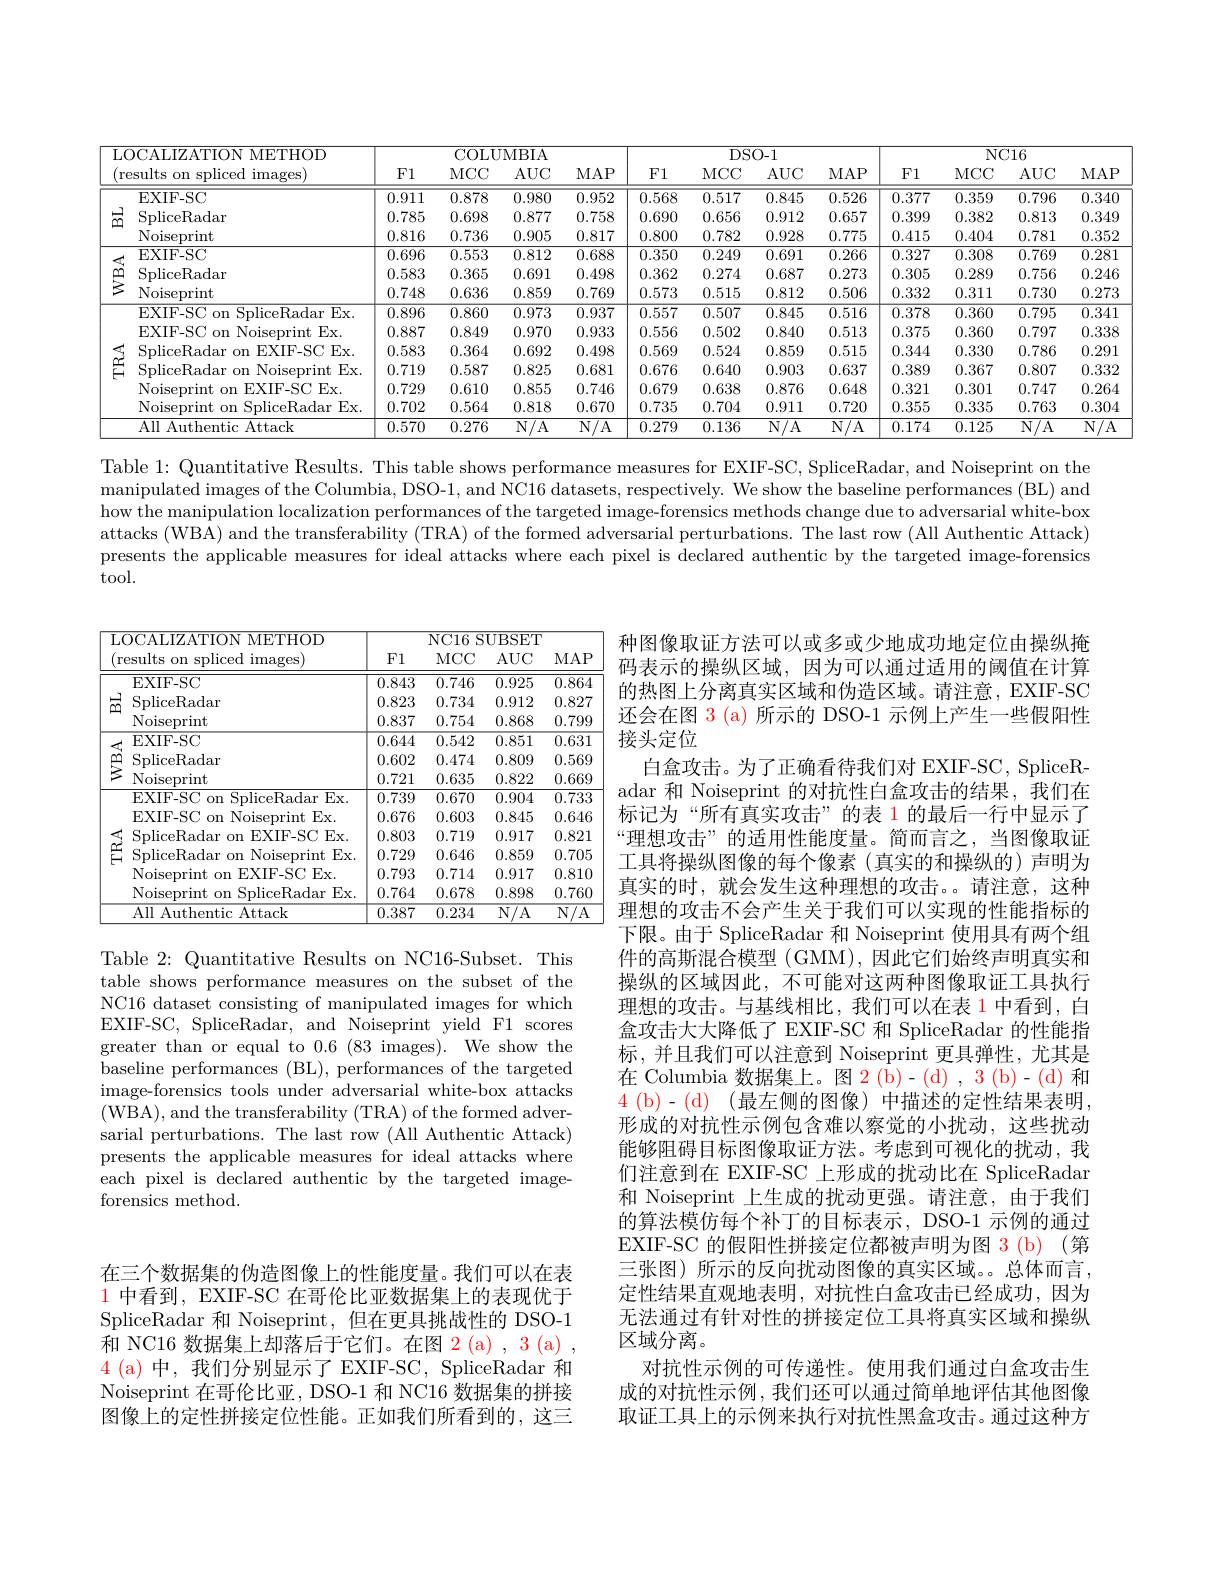
<table>
	<tbody>
		<tr>
			<th>$\overline{{\mathrm{L}^{\prime}}}$ $\int_{0}^{\infty}dx$ 1 </th>
			<th>OCALIZATION MBTHOD</th>
			<th colspan="4">COLUMBIA</th>
			<th colspan="3">DSO- 1</th>
			<th colspan="4">$NC16$</th>
		</tr>
		<tr>
			<th>$f$ $re$</th>
			<th>sults on spliced images)</th>
			<th>F1</th>
			<th>MCC</th>
			<th>$AUC$</th>
			<th>$MAP$</th>
			<th>F1</th>
			<th>$AUC$</th>
			<th>MAP</th>
			<th>F1</th>
			<th>MCC</th>
			<th>$AUC$</th>
			<th>$MAP$</th>
		</tr>
		<tr>
			<td rowspan="3">$品$</td>
			<td>EXIF- SC</td>
			<td>0.911</td>
			<td>0.878</td>
			<td>0.980</td>
			<td>0.952</td>
			<td>0.568</td>
			<td>0.845</td>
			<td>0.526</td>
			<td>0.377</td>
			<td>0.359</td>
			<td>0.796</td>
			<td>0.340</td>
		</tr>
		<tr>
			<td>SpliceRadar</td>
			<td>0.785</td>
			<td>0.698</td>
			<td>0.877</td>
			<td>0.758</td>
			<td>0.690</td>
			<td>0.912</td>
			<td>0.657</td>
			<td>0.399</td>
			<td>0.382</td>
			<td>0.813</td>
			<td>0.349</td>
		</tr>
		<tr>
			<td>Noiseprint</td>
			<td>0.816</td>
			<td>0.736</td>
			<td>0.905</td>
			<td>0.817</td>
			<td>0.800</td>
			<td>0.928</td>
			<td>0.775</td>
			<td>0.415</td>
			<td>0.404</td>
			<td>0.781</td>
			<td>0.352</td>
		</tr>
		<tr>
			<td rowspan="3"></td>
			<td>EXIF- SC</td>
			<td>0.696</td>
			<td>0.553</td>
			<td>0.812</td>
			<td>0.688</td>
			<td>0.350</td>
			<td>0.691</td>
			<td>0.266</td>
			<td>0.327</td>
			<td>0.308</td>
			<td>0.769</td>
			<td>0.281</td>
		</tr>
		<tr>
			<td>SpliceRadar</td>
			<td>0.583</td>
			<td>0.365</td>
			<td>0.691</td>
			<td>0.498</td>
			<td>0.362</td>
			<td>0.687</td>
			<td>0.273</td>
			<td>0.305</td>
			<td>0.289</td>
			<td>0.756</td>
			<td>0.246</td>
		</tr>
		<tr>
			<td>Noiseprint</td>
			<td>0.748</td>
			<td>0.636</td>
			<td>0.859</td>
			<td>0.769</td>
			<td>0.573</td>
			<td>0.812</td>
			<td>0.506</td>
			<td>0.332</td>
			<td>0.311</td>
			<td>0.730</td>
			<td>0.273</td>
		</tr>
		<tr>
			<td rowspan="7"></td>
			<td>EXIF-SC on SpliceRadar Ex</td>
			<td>0.896</td>
			<td>0.860</td>
			<td>0.973</td>
			<td>0.937</td>
			<td>0.557</td>
			<td>0.845</td>
			<td>0.516</td>
			<td>0.378</td>
			<td>0.360</td>
			<td>0.795</td>
			<td>0.341</td>
		</tr>
		<tr>
			<td>EXIF-SC on Noiseprint Ex.</td>
			<td>0.887</td>
			<td>0.849</td>
			<td>0.970</td>
			<td>0.933</td>
			<td>0.556</td>
			<td>0.840</td>
			<td>0.513</td>
			<td>0.375</td>
			<td>0.360</td>
			<td>0.797</td>
			<td>0.338</td>
		</tr>
		<tr>
			<td>SpliceRadar on EXIF-SC Ex.</td>
			<td>0.583</td>
			<td>0.364</td>
			<td>0.692</td>
			<td>0.498</td>
			<td>0.569</td>
			<td>0.859</td>
			<td>0.515</td>
			<td>0.344</td>
			<td>0.330</td>
			<td>0.786</td>
			<td>0.291</td>
		</tr>
		<tr>
			<td>SpliceRadar on Noiseprint $tEx.$</td>
			<td>0.719</td>
			<td>0.587</td>
			<td>0.825</td>
			<td>0.681</td>
			<td>0.676</td>
			<td>0.903</td>
			<td>0.637</td>
			<td>0.389</td>
			<td>0.367</td>
			<td>0.807</td>
			<td>0.332</td>
		</tr>
		<tr>
			<td>Noiseprint on EXIF-SC Ex</td>
			<td>0.729</td>
			<td>0.610</td>
			<td>0.855</td>
			<td>0.746</td>
			<td>0.679</td>
			<td>0.876</td>
			<td>0.648</td>
			<td>0.321</td>
			<td>0.301</td>
			<td>0.747</td>
			<td>0.264</td>
		</tr>
		<tr>
			<td>Noiseprint on SpliceRadar Ex.</td>
			<td>0.702</td>
			<td>0.564</td>
			<td>0.818</td>
			<td>0.670</td>
			<td>0.735</td>
			<td>0.911</td>
			<td>0.720</td>
			<td>0.355</td>
			<td>0.335</td>
			<td>0.763</td>
			<td>0.304</td>
		</tr>
		<tr>
			<td>All Authentic Attack</td>
			<td>0.570</td>
			<td>0.276</td>
			<td>$N/A$</td>
			<td>$\overline{\mathrm{N/A}}$</td>
			<td>0.279</td>
			<td>$N/A$</td>
			<td>$\overline{\mathrm{N/A}}$</td>
			<td>0.174</td>
			<td>0.125</td>
			<td>N/ A</td>
			<td>N $/A$</td>
		</tr>
	</tbody>
</table>

Table 1: Quantitative Results. This table shows performance measures for EXIF-SC, SpliceRadar, and Noiseprint on the $\begin{aligned}\text{manipulated images of the Columbia, DSO-1, and NC16 datasets, respectively. We show the baseline performances (BL) and}\end{aligned}$ how the manipulation localization performances of the targeted image-forensics methods change due to adversarial white-box attacks (WBA) and the transferability (TRA) of the formed adversarial perturbations. The last row (All Authentic Attack) presents the applicable measures for ideal attacks where each pixel is declared authentic by the targeted image-forensics tool.

<table>
	<tbody>
		<tr>
			<th>$\overline{{\mathrm{T}}}$ J</th>
			<th rowspan="2">OCALIZATION METHOD esults on spliced images)</th>
			<th colspan="4">NC16 $\frac{1}{2}$ SUBSET</th>
		</tr>
		<tr>
			<th>1 r</th>
			<th>F1</th>
			<th>$MCC$</th>
			<th>$AUC$</th>
			<th>$MAP$</th>
		</tr>
		<tr>
			<td rowspan="3">品</td>
			<td>EXIF-SC</td>
			<td>0.843</td>
			<td>0.746</td>
			<td>0.925</td>
			<td>0.864</td>
		</tr>
		<tr>
			<td>SpliceRadar</td>
			<td>0.823</td>
			<td>0.734</td>
			<td>0.912</td>
			<td>0.827</td>
		</tr>
		<tr>
			<td>Noiseprint</td>
			<td>0.837</td>
			<td>0.754</td>
			<td>0.868</td>
			<td>0.799</td>
		</tr>
		<tr>
			<td rowspan="3"></td>
			<td>EXIF- SC</td>
			<td>0.644</td>
			<td>0.542</td>
			<td>0.851</td>
			<td>0.631</td>
		</tr>
		<tr>
			<td>SpliceRadar</td>
			<td>0.602</td>
			<td>0.474</td>
			<td>0.809</td>
			<td>0.569</td>
		</tr>
		<tr>
			<td>Noiseprint</td>
			<td>0.721</td>
			<td>0.635</td>
			<td>0.822</td>
			<td>0.669</td>
		</tr>
		<tr>
			<td rowspan="7"></td>
			<td>EXIF-SC on SpliceRadar Ex.</td>
			<td>0.739</td>
			<td>0.670</td>
			<td>0.904</td>
			<td>0.733</td>
		</tr>
		<tr>
			<td>EXIF-SC on Noiseprint $:Ex.$</td>
			<td>0.676</td>
			<td>0.603</td>
			<td>0.845</td>
			<td>0.646</td>
		</tr>
		<tr>
			<td>SpliceRadar on EXIF-SC Ex.</td>
			<td>0.803</td>
			<td>0.719</td>
			<td>0.917</td>
			<td>0.821</td>
		</tr>
		<tr>
			<td>$tEx.$ SpliceRadar on Noiseprint</td>
			<td>0.729</td>
			<td>0.646</td>
			<td>0.859</td>
			<td>0.705</td>
		</tr>
		<tr>
			<td>Noiseprint on EXIF-SC Ex.</td>
			<td>0.793</td>
			<td>0.714</td>
			<td>0.917</td>
			<td>0.810</td>
		</tr>
		<tr>
			<td>Noiseprint on SpliceRadar Ex.</td>
			<td>0.764</td>
			<td>0.678</td>
			<td>0.898</td>
			<td>0.760</td>
		</tr>
		<tr>
			<td>All Authentic Attack</td>
			<td>0.387</td>
			<td>0.234</td>
			<td>$\overline{\mathrm{N/A}}$</td>
			<td>$N$ $\overline{/A}$ 1 1 </td>
		</tr>
	</tbody>
</table>

种图像取证方法可以或多或少地成功地定位由操纵掩码表示的操纵区域，因为可以通过适用的阈值在计算的热图上分离真实区域和伪造区域。请注意，EXIF-SC 还会在图 3 (a) 所示的 DSO-1 示例上产生一些假阳性接头定位
白盒攻击。为了正确看待我们对 EXIF-SC, SpliceRadar 和 Noiseprint 的对抗性白盒攻击的结果，我们在标记为“所有真实攻击”的表 1 的最后一行中显示了“理想攻击”的适用性能度量。简而言之，当图像取证工具将操纵图像的每个像素(真实的和操纵的)声明为真实的时，就会发生这种理想的攻击。。请注意，这种理想的攻击不会产生关于我们可以实现的性能指标的下限。由于 SpliceRadar 和 Noiseprint 使用具有两个组件的高斯混合模型 (GMM), 因此它们始终声明真实和操纵的区域因此，不可能对这两种图像取证工具执行理想的攻击。与基线相比，我们可以在表 1 中看到，白盒攻击大大降低了 EXIF-SC 和 SpliceRadar 的性能指标，并且我们可以注意到 Noiseprint 更具弹性，尤其是在 Columbia 数据集上。图 2 (b)- (d) , 3 (b)- (d) 和$4( b) - ( d)$ $( 最 左 侧 的 图 像 )$ 中描述的定性结果表明， 形成的对抗性示例包含难以察觉的小扰动，这些扰动能够阻碍目标图像取证方法。考虑到可视化的扰动，我们注意到在 EXIF-SC 上形成的扰动比在 SpliceRadar 和 Noiseprint 上生成的扰动更强。请注意，由于我们的算法模仿每个补丁的目标表示，DSO-1 示例的通过EXIF-SC 的假阳性拼接定位都被声明为图 3(b)(第三张图) 所示的反向扰动图像的真实区域。总体而言， 定性结果直观地表明，对抗性白盒攻击已经成功，因为无法通过有针对性的拼接定位工具将真实区域和操纵区域分离。
对抗性示例的可传递性。使用我们通过白盒攻击生成的对抗性示例，我们还可以通过简单地评估其他图像取证工具上的示例来执行对抗性黑盒攻击。通过这种方

Table 2: Quantitative Results on NC16-Subset. This table shows performance measures on the subset of the NC16 dataset consisting of manipulated images for which EXIF-SC, SpliceRadar, and Noiseprint yield F1 scores greater than or equal to 0.6 ( 83 images) . We show the baseline performances (BL), performances of the targeted $\bar{\text{image-forensics tools under adversarial white-box attacks}}$ (WBA),and the transferability (TRA) of the formed adversarial perturbations. The last row (All Authentic Attack) presents the applicable measures for ideal attacks where each pixel is declared authentic by the targeted imageforensics method.

在三个数据集的伪造图像上的性能度量。我们可以在表$\color{red}{1\text{ 中看到，EXIF-SC 在哥伦比亚数据集上的表现优于}}$ SpliceRadar 和 Noiseprint, 但在更具挑战性的 DSO-1和 NC16 数据集上却落后于它们。在图 2(a) , 3 (a) , 4 (a)中，我们分别显示了 EXIF-SC, SpliceRadar 和Noiseprint 在哥伦比亚，DSO-1 和 NC16 数据集的拼接图像上的定性拼接定位性能。正如我们所看到的，这三